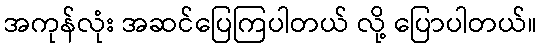
အကုန်လုံး အဆင်ပြေကြပါတယ် လို့ ပြောပါတယ်။